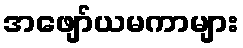
အဖျော်ယမကာများ